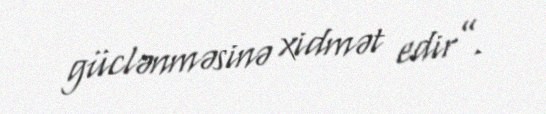
güclənməsinə xidmət edir”.